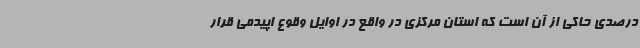
درصدی حاکی از آن است که استان مرکزی در واقع در اوایل وقوع اپیدمی قرار